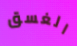
الغسق